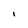
Character: i